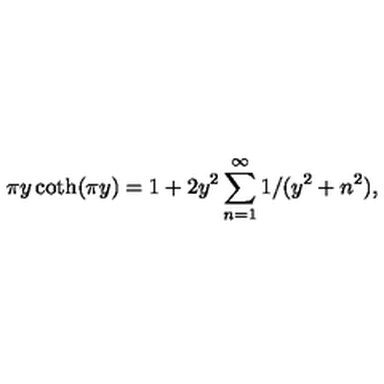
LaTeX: \pi y \coth ( \pi y ) = 1 + 2 y ^ { 2 } \sum _ { n = 1 } ^ { \infty } 1 / ( y ^ { 2 } + n ^ { 2 } ) ,